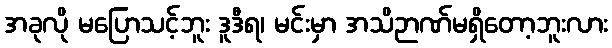
အခုလို မပြောသင့်ဘူး ဒူဒီရ၊ မင်းမှာ အသိဉာဏ်မရှိတော့ဘူးလား